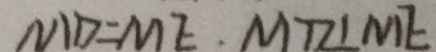
M D = M E . M D \bot M E